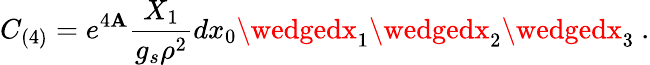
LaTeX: C_{(4)}=e^{4\mathbf{A}}{\frac{{X_{1}}}{{g_{s}\rho^{2}}}}dx_{0}\wedgedx_{1}\wedgedx_{2}\wedgedx_{3}\ .